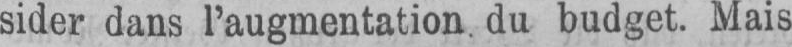
sider dans l’augmentation du budget. Mais